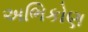
અભિકોણ